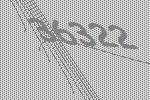
36322